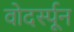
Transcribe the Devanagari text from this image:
वोदर्स्पून